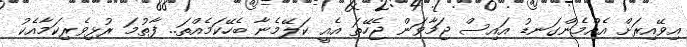
އިވޭއިރަށް އެއްމެންގަނޑު އައިސް ޖަމާވަން ޖެހޭތަ އެއީ ކަލޭމެނާ ބެހޭކަމެއްތަ.. ފާތުމަ ރުޅިވެރިކަމާއެކު